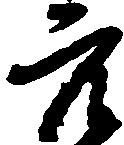
穴